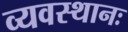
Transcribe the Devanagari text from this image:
व्यवस्थानः